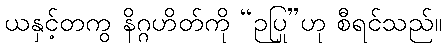
ယနှင့်တကွ နိဂ္ဂဟိတ်ကို “ဉပြု”ဟု စီရင်သည်။